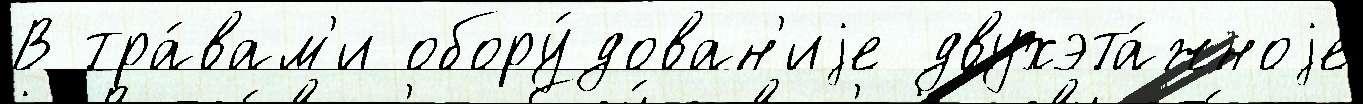
В тра́вам'и обору́дован'иjе двухэта́жноjе